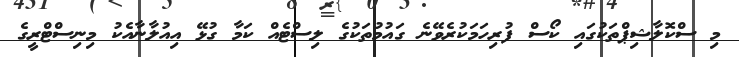
މި ސްކޮލާޝިޕްތަކުގައި ކޯސް ފުރިހަމަކުރެވޭނެ ގައުމުތަކުގެ ލިސްޓެއް ކަމާ ގުޅޭ އިއުލާނާއެކު މިނިސްޓްރީގެ